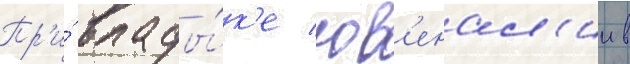
Пр'и́ влады́к'е юв'енал'ии в